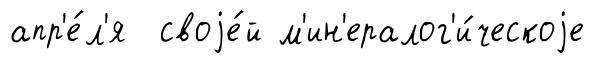
апр'е́л'я своjе́й м'ин'ералог'и́ческоjе